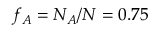
f _ { A } = N _ { A } / N = 0 . 7 5